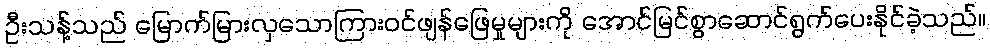
ဦးသန့်သည် မြောက်မြားလှသောကြားဝင်ဖျန်ဖြေမှုများကို အောင်မြင်စွာဆောင်ရွက်ပေးနိုင်ခဲ့သည်။